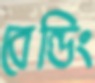
বেন্ডিং